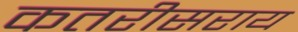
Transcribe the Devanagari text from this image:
कतरीसराय